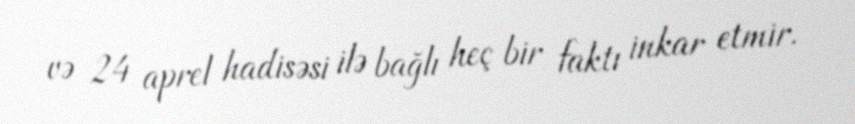
və 24 aprel hadisəsi ilə bağlı heç bir faktı inkar etmir.